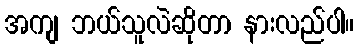
အကျ ဘယ်သူလဲဆိုတာ နားလည်ပါ။